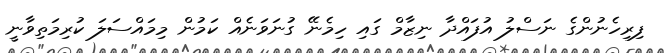
ފިރިހެނުންގެ ނަސްލު އުފައްދާ ނިޒާމް ގައި ހިމެނޭ ގުނަވަނެއް ކަމުން މިމައްސަލަ ކުރިމަތިވާނީ